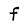
Character: f